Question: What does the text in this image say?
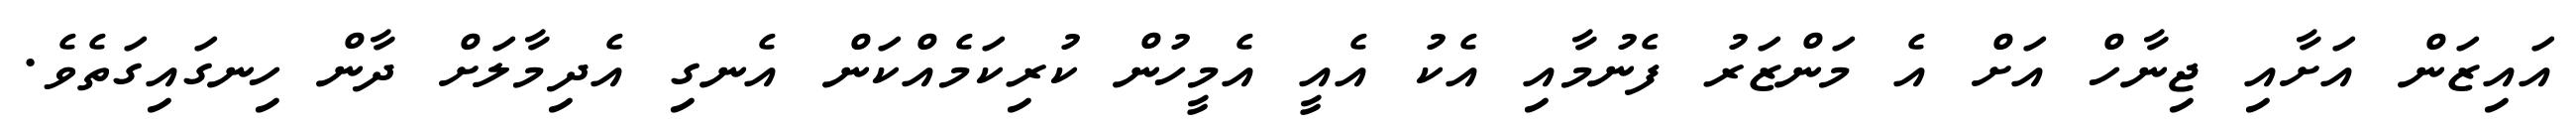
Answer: އައިޒަން އަށާއި ޖިނާހް އަށް އެ މަންޒަރު ފެނުމާއި އެކު އެއީ އެމީހުން ކުރިކަމެއްކަން އެނގި އެދިމާލަށް ދާން ހިނގައިގަތެވެ.